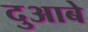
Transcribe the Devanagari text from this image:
दुआबे